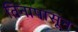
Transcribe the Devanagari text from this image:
तिनापासून